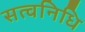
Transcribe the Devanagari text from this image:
सत्वनिधि